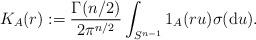
LaTeX: \begin{align*}K_A(r) := \frac{\Gamma(n/2)}{2 \pi^{n/2}} \int_{S^{n-1}} 1_A(ru) \sigma(\mathrm{d}u).\end{align*}